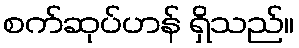
စက်ဆုပ်ဟန် ရှိသည်။